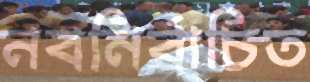
নবনির্বাচিত